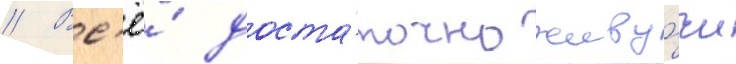
// Вс'ё́ доста́точно живу́чи